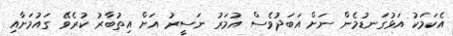
އެކަމަކު އަޅުގަނޑުމެން ނަށް އަބަދުވެސް އުމަރު ނަސީރު އަށް އިތުބާރު ކުރެވޭ ގައުމަށާއި